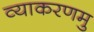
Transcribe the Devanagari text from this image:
व्याकरणमु